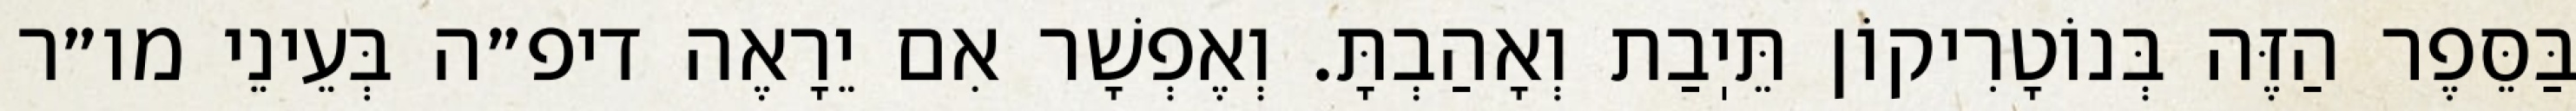
בַּסֵּפֶר הַזֶּה בְּנוֹטָרִיקוֹן תֵּיֽבַת וְאָהַבְתָּ. וְאֶפְשָׁר אִם יֵרָאֶה דיפ״ה בְּעֵינֵי מו״ר